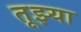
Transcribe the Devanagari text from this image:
तूझ्या